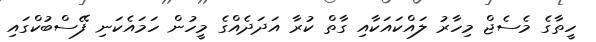
ހީތާގެ މެސެޖް މިހާރު ލައްކައަކާއި ގާތް ކުރާ އަދަދެއްގެ މީހުން ހަމައެކަނި ފޭސްބުކްގައި